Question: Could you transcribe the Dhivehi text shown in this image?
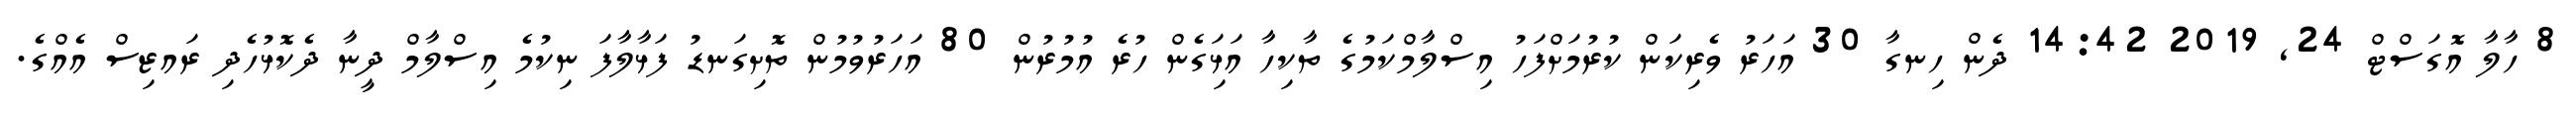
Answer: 8 ހާލާ އޮގަސްޓް 24, 2019 14:42 ދެން ހިނގާ 30 އަހަރު ވެރިކަން ކުރުމަށްފަހު އިސްލާމްކަމުގެ ތާކިހާ އަޅަިގެން ހުރެ އުމުރުން 80 އަހަރުވުމުން ތޮށިގަނޑު ފަޅާލާފަ ނިކުމެ އިސްލާމް ދީނާ ދެކޮޅުހެދި ރައޒިސް އެއްގެ.